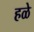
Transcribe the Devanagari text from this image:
हळे